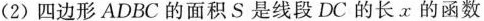
(2) 四边形 ADBC 的面积 S 是线段DC的长 x 的函数